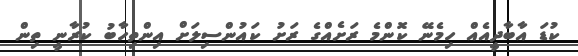
ކުޑަ އާބާދީއެއް ހިމެނޭ ކޮންމެ ރަށެއްގެ ރަށު ކައުންސިލަށް އިންތިހާބު ކުރާނީ ތިން